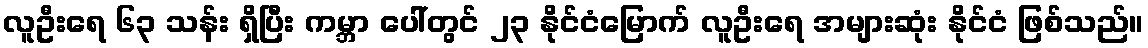
လူဦးရေ ၆၃ သန်း ရှိပြီး ကမ္ဘာ ပေါ်တွင် ၂၃ နိုင်ငံမြောက် လူဦးရေ အများဆုံး နိုင်ငံ ဖြစ်သည်။